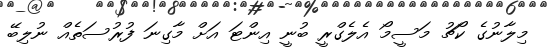
މިލާނުގެ ކޯޗު މަސީމޯ އެލެގްރީ ބުނީ އިންޓަ އަށް މާގިނަ ފުރުސަތެއް ނުލިބޭ